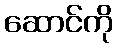
ဆောင်ကို